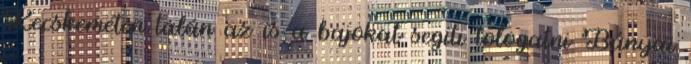
Kecskeméten talán az is a bajokat segíti tologatni Bányai